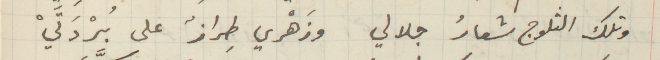
وتلك الثلوج شعارُ جلالي وزَهْري طِرازٌ على بُرْدَتَيْ